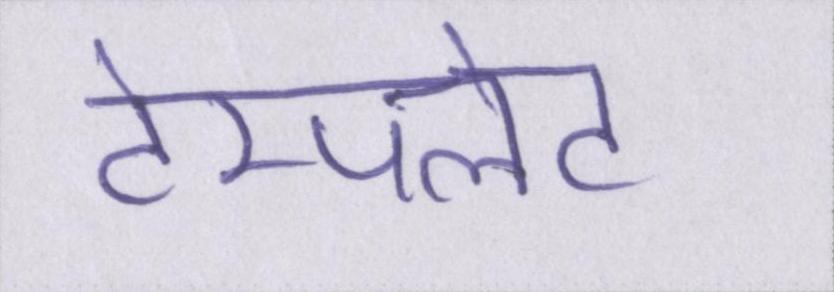
टेम्पलेट